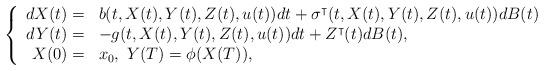
LaTeX: \begin{align*}\left\{\begin{array}[c]{rl}dX(t)= & b(t,X(t),Y(t),Z(t),u(t))dt+\sigma^{\intercal}(t,X(t),Y(t),Z(t),u(t))dB(t)\\dY(t)= & -g(t,X(t),Y(t),Z(t),u(t))dt+Z^{\intercal}(t)dB(t),\\X(0)= & x_{0},\ Y(T)=\phi(X(T)),\end{array}\right. \end{align*}